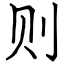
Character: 则